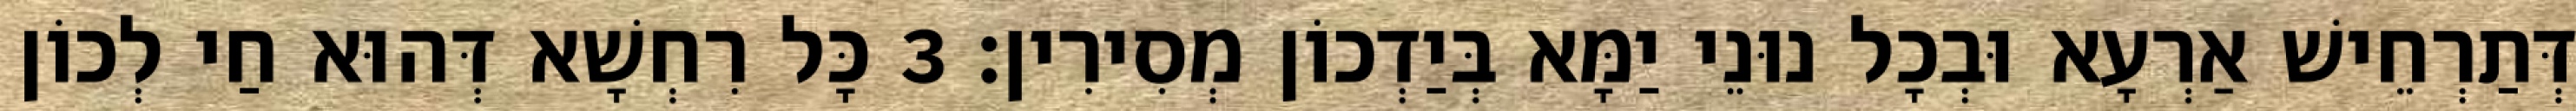
דְּתַרְחֵישׁ אַרְעָא וּבְכָל נוּנֵי יַמָּא בְּיַדְכוֹן מְסִירִין׃ 3 כָּל רִחְשָׁא דְּהוּא חַי לְכוֹן